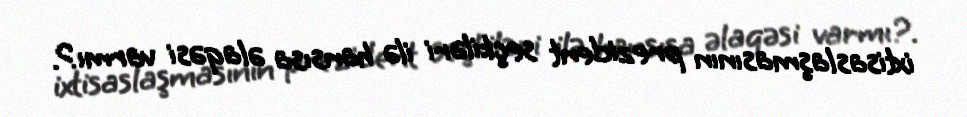
ixtisaslaşmasının prezident seçkiləri ilə hansısa əlaqəsi varmı?.